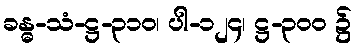
ခန္ဓ-သံ-ဋ္ဌ-၃၁၀၊ ပါ-၁၂၄၊ ဋ္ဌ-၃၀၀ ၌